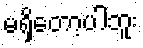
မရှိတော့ပါဘူး